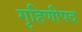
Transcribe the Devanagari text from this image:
गृहिणीपद